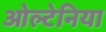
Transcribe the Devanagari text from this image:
ओल्टेनिया